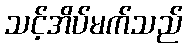
သင့်အိပ်မက်သည်